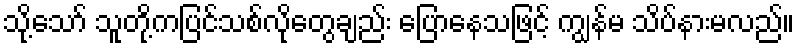
သို့သော် သူတို့ကပြင်သစ်လိုတွေချည်း ပြောနေသဖြင့် ကျွန်မ သိပ်နားမလည်။